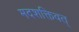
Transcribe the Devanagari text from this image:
मदशक्तिवत्